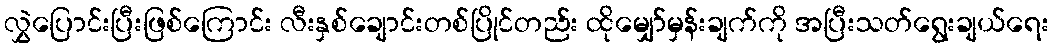
လွှဲပြောင်းပြီးဖြစ်ကြောင်း လီးနှစ်ချောင်းတစ်ပြိုင်တည်း ထိုမျှော်မှန်းချက်ကို အပြီးသတ်ရွေးချယ်ရေး